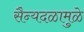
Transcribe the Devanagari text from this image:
सैन्यदळामुळे